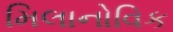
મિલાનોવિક